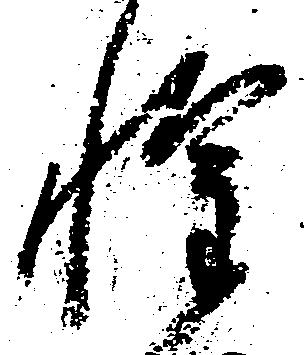
惶